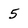
Character: 5